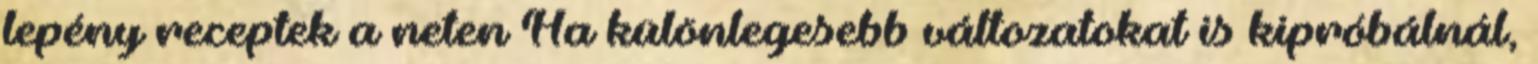
lepény receptek a neten Ha különlegesebb változatokat is kipróbálnál,